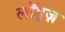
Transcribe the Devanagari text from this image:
लॉड्ज़